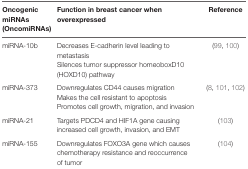
<table><thead><tr><td><b>Oncogenic miRNAs (OncomiRNAs)</b></td><td><b>Function in breast cancer when overexpressed</b></td><td><b>Reference</b></td></tr></thead><tbody><tr><td>miRNA-10b</td><td>Decreases E-cadherin level leading to metastasisSilences tumor suppressor homeoboxD10 (HOXD10) pathway</td><td>(99, 100)</td></tr><tr><td>miRNA-373</td><td>Downregulates CD44 causes migrationMakes the cell resistant to apoptosisPromotes cell growth, migration, and invasion</td><td>(8, 101, 102)</td></tr><tr><td>miRNA-21</td><td>Targets PDCD4 and HIF1A gene causing increased cell growth, invasion, and EMT</td><td>(103)</td></tr><tr><td>miRNA-155</td><td>Downregulates FOXO3A gene which causes chemotherapy resistance and reoccurrence of tumor</td><td>(104)</td></tr></tbody></table>